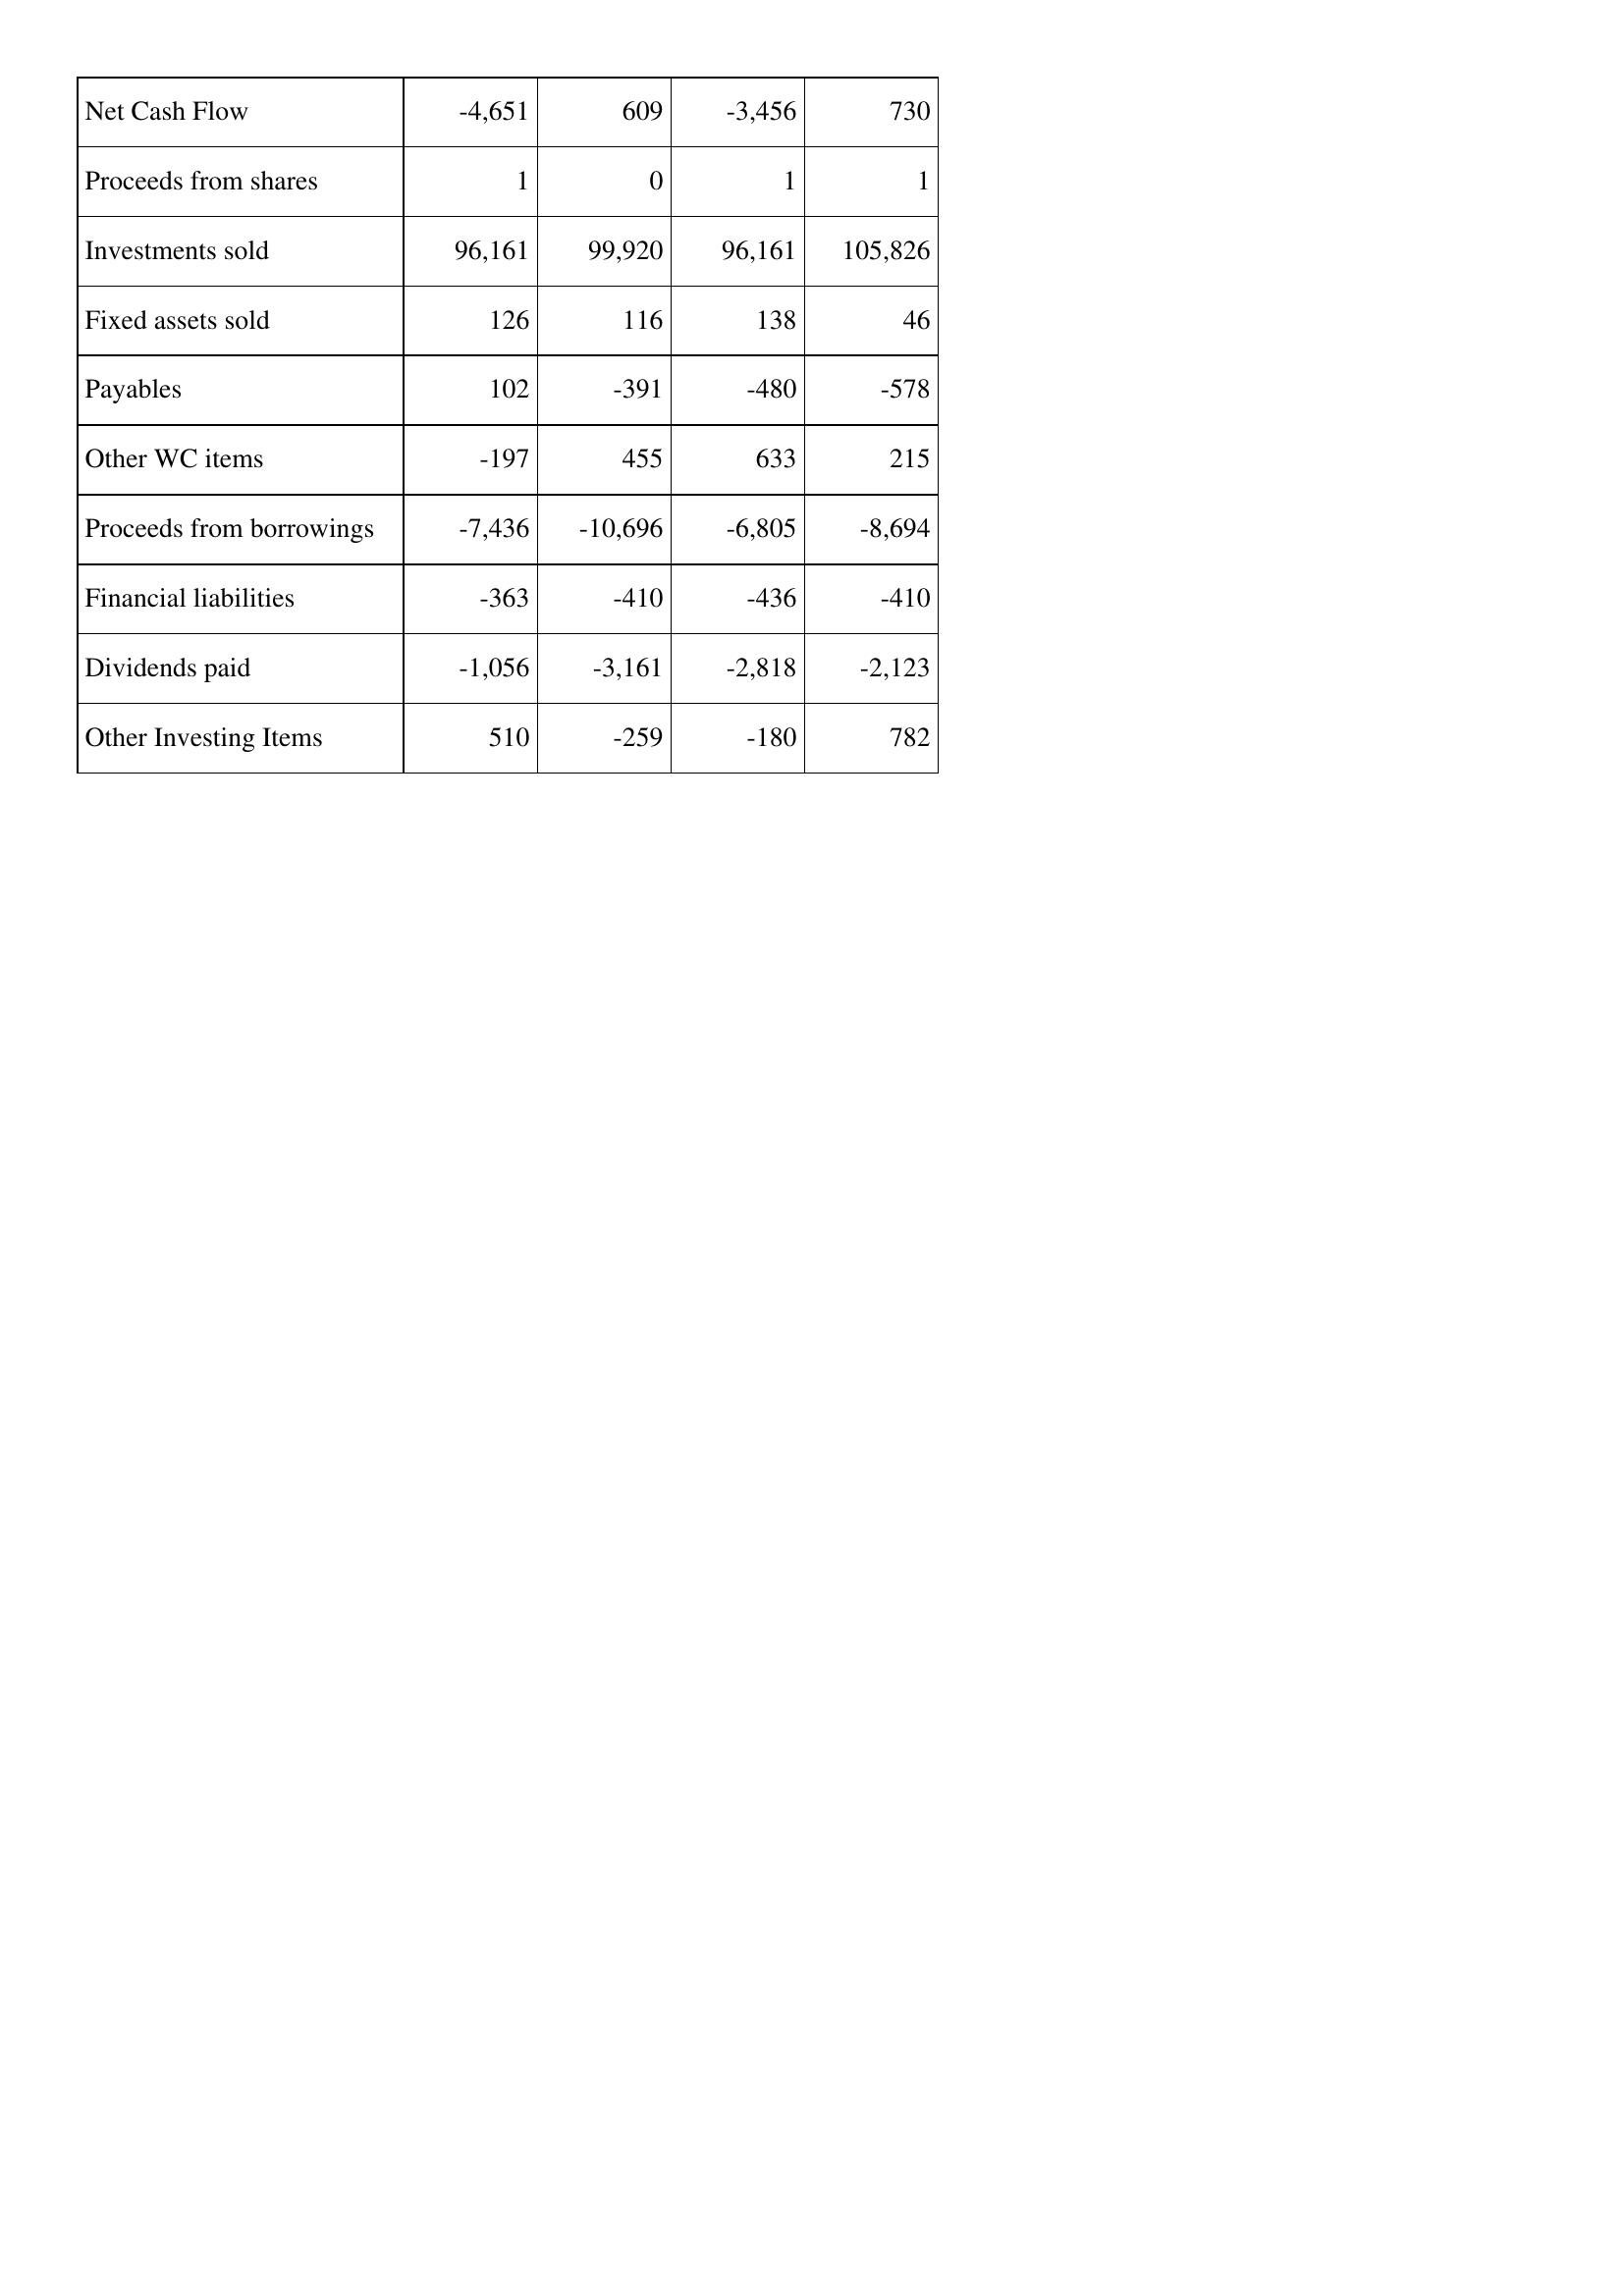
Mar-19: Cash Flows: Net Cash Flow: -4,651
Proceeds from shares: 1
Investments sold: 96,161
Fixed assets sold: 126
Payables: 102
Other WC items: -197
Proceeds from borrowings: -7,436
Financial liabilities: -363
Dividends paid: -1,056
Other Investing Items: 510
Mar-18: Cash Flows: Net Cash Flow: 609
Proceeds from shares: 0
Investments sold: 99,920
Fixed assets sold: 116
Payables: -391
Other WC items: 455
Proceeds from borrowings: -10,696
Financial liabilities: -410
Dividends paid: -3,161
Other Investing Items: -259
Mar-17: Cash Flows: Net Cash Flow: -3,456
Proceeds from shares: 1
Investments sold: 96,161
Fixed assets sold: 138
Payables: -480
Other WC items: 633
Proceeds from borrowings: -6,805
Financial liabilities: -436
Dividends paid: -2,818
Other Investing Items: -180
Mar-16: Cash Flows: Net Cash Flow: 730
Proceeds from shares: 1
Investments sold: 105,826
Fixed assets sold: 46
Payables: -578
Other WC items: 215
Proceeds from borrowings: -8,694
Financial liabilities: -410
Dividends paid: -2,123
Other Investing Items: 782